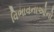
વિભાવનાઓનો